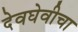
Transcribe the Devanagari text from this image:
देवघेवीचा